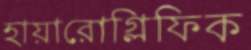
হায়ারোগ্লিফিক